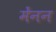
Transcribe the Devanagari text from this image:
मेंनन